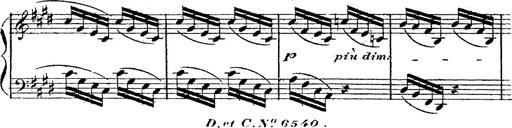
Title: 12 Lieder von Franz Schubert
Composer: Franz Liszt